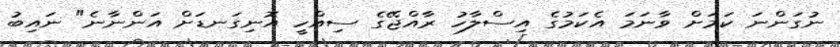
ނުގަންނަ ކަމަށް ވާނަމަ އެކަމުގެ އިސްލާހު ރާއްޖޭގެ ސިއްހީ އޮނިގަނޑަށް އަންނާނެ" ނައިބު